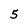
Character: 5